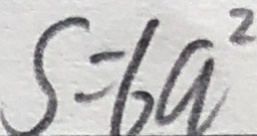
s = 6 a ^ { 2 }